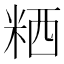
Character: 粞